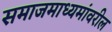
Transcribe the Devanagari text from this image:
समाजमाध्यमांवरील